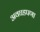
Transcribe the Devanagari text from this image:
अवघडपणा